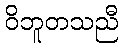
ဝိဘူတသညီ